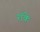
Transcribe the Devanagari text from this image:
रॉके